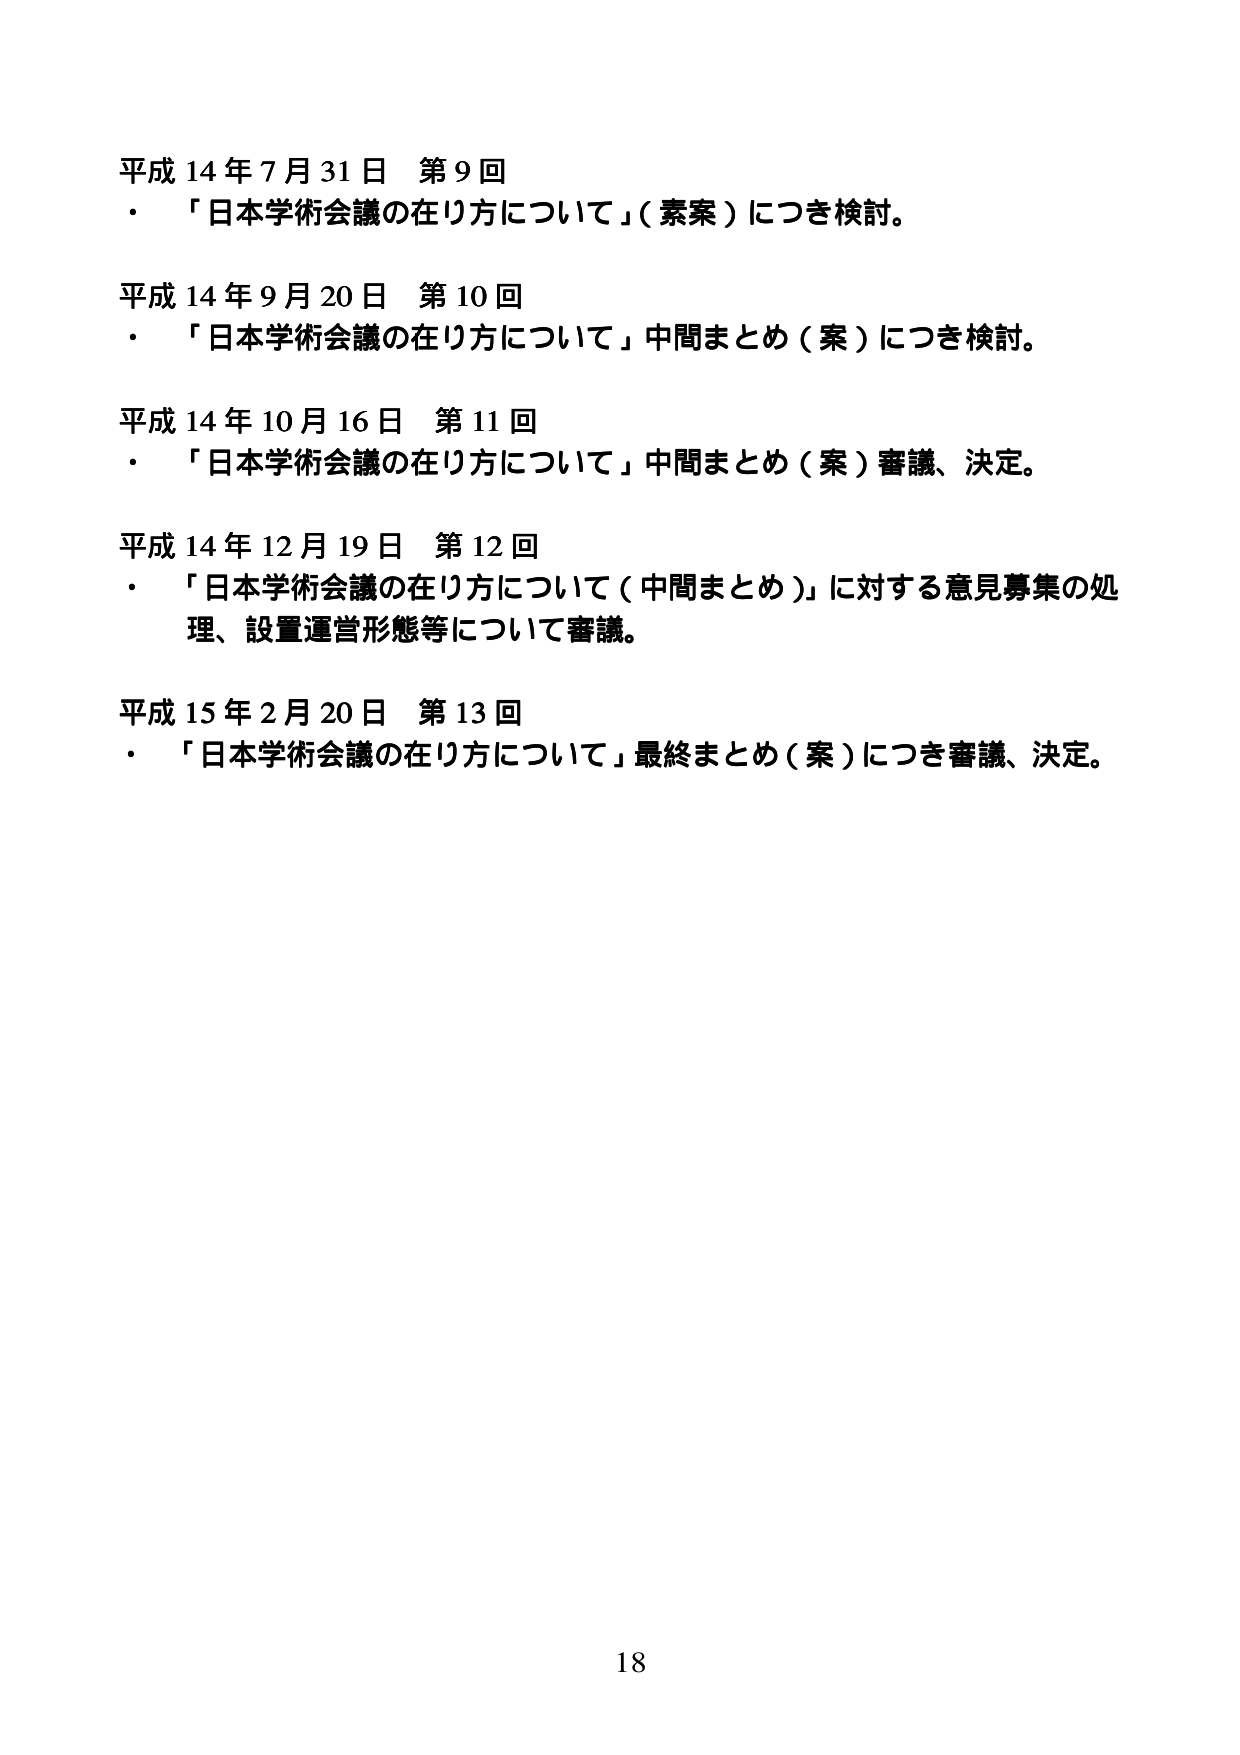
平成14年7月31日 第9回
・「日本学術会議の在り方について」（素案）につき検討。

平成14年9月20日 第10回
・「日本学術会議の在り方について」中間まとめ（案）につき検討。

平成14年10月16日 第11回
・「日本学術会議の在り方について」中間まとめ（案）審議、決定。

平成14年12月19日 第12回
・「日本学術会議の在り方について（中間まとめ）」に対する意見募集の処理、設置運営形態等について審議。

平成15年2月20日 第13回
・「日本学術会議の在り方について」最終まとめ（案）につき審議、決定。

18